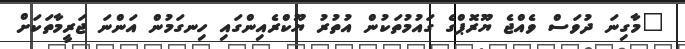
"މާގިނަ ދުވަސް ވެއްޖެ ޔޫރޮޕްގެ ގައުމުތަކުން އުތުރު ޔޫކްރެއިންގައި ހިނގަމުން އަންނަ ޖަރީމާތަކަށް